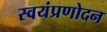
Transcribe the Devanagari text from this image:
स्वयंप्रणोदन